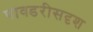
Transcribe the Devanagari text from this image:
पावडरीसदृश